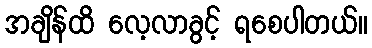
အချိန်ထိ လေ့လာခွင့် ရစေပါတယ်။